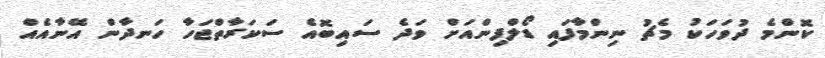
ކޮންމެ ދުވަހަކު މެޗު ނިންމާފައި ޑޯލްފިންއަށް ވަދެ ސައިބޮއެ ސަކަރާތްޖަހާ ހަނދާން އޭނާއެއް